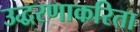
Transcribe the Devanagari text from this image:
उद्धरणाकरिता